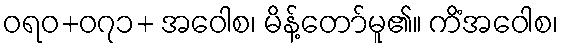
ဝရဝ+၀၇၁+ အဝေါစ၊ မိန့်တော်မူ၏။ ကိံအဝေါစ၊